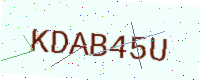
Text: KDAB45U